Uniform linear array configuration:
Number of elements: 4
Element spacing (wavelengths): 1
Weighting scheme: cosine
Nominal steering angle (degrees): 15
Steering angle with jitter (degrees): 15.553
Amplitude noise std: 0.05
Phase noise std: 0.05

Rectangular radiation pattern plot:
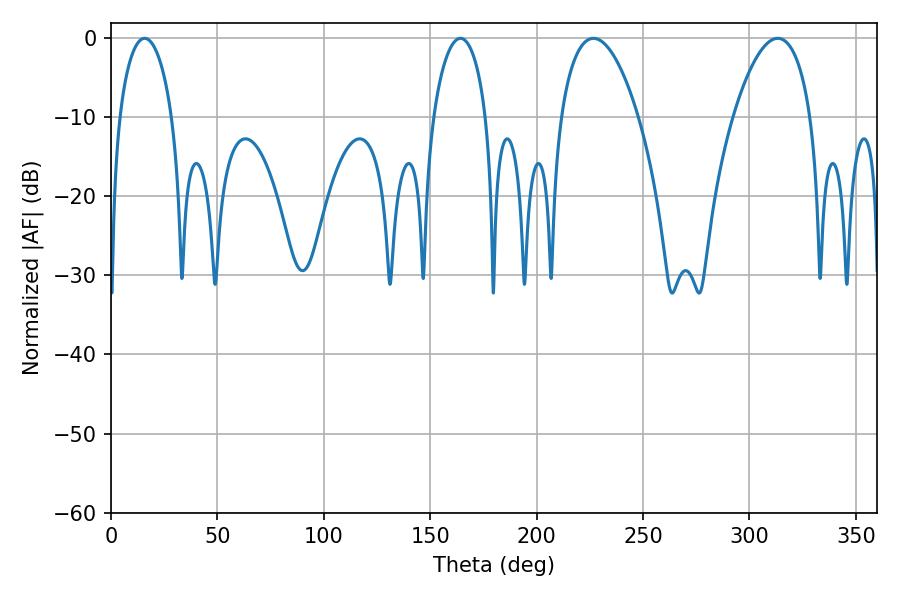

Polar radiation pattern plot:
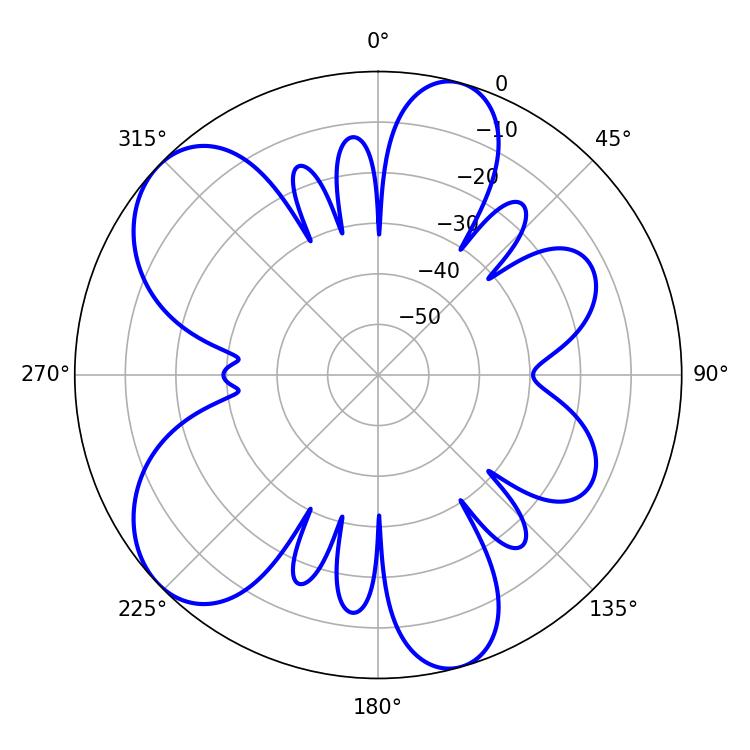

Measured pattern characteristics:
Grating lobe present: TRUE
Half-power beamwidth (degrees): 14.22
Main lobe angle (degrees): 15.84